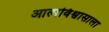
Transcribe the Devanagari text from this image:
आत्मविश्वासाला